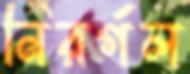
নিরর্গল